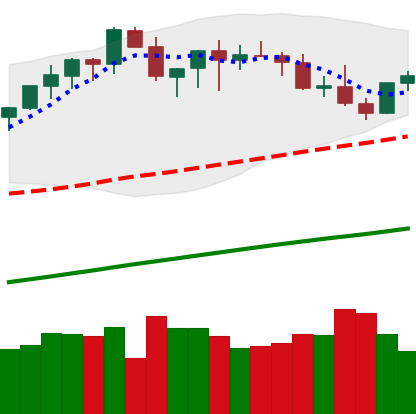
Ticker: BTC-USD
Chart end date: 2021-03-27
Forward return: 5.578%
Label: up_5_7